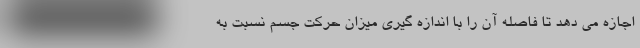
اجازه می دهد تا فاصله آن را با اندازه گیری میزان حرکت جسم نسبت به